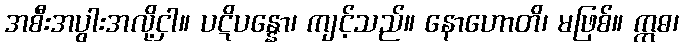
အစီးအပွါးအလို့ငှါ။ ပဋိပန္နော၊ ကျင့်သည်။ နောဟောတိ၊ မဖြစ်။ ဣဓ၊